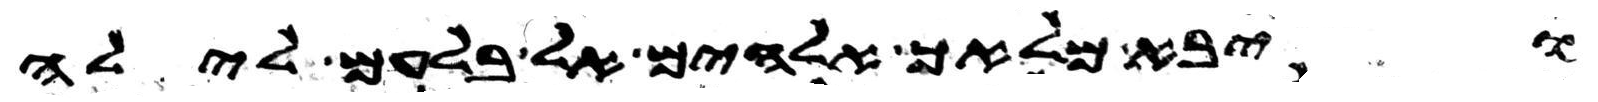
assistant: ויבא מלאך אלהים אל בלעם לילה